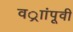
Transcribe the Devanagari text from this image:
वर्ाांपूवी